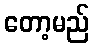
တော့မည်